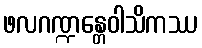
ဖလဂဏ္ဍန္တေဝါသိကဿ